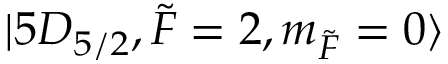
\lvert 5 D _ { 5 / 2 } , \Tilde { F } = 2 , m _ { \Tilde { F } } = 0 \rangle